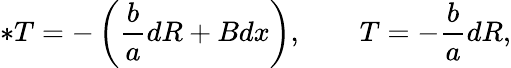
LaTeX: \ast T=-\left({\frac{b}{a}}dR+Bdx\right),\qquad T=-{\frac{b}{a}}dR,